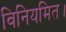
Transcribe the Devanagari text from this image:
विनियमित।